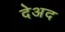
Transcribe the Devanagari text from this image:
देअद